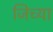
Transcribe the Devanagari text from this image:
जिच्‍या